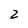
Character: 2